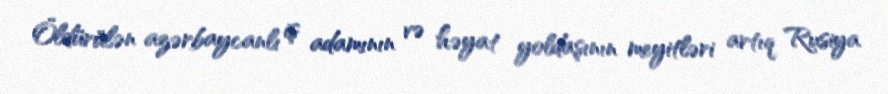
Öldürülən azərbaycanlı iş adamının və həyat yoldaşının meyitləri artıq Rusiya